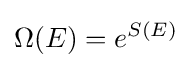
\Omega (E)=e^{S(E)}